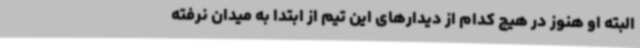
البته او هنوز در هیچ کدام از دیدارهای این تیم از ابتدا به میدان نرفته